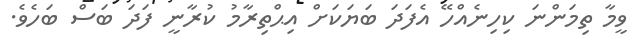
ވީމާ ތިމަންނަ ކިހިނެއްހޭ އެފަދަ ބަޔަކަށް އިޙްތިރާމު ކުރާނީ ފަދަ ބަސް ބަހެވެ.